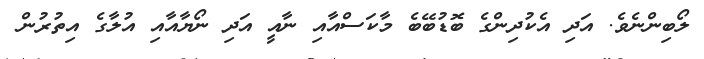
ލޯބިންނެވެ. އަދި އެކުދިންގެ ބޮޑުބޭބެ މާކަސްއާއި ނާއީ އަދި ނޯޔާއާއި އުލާގެ އިތުރުން